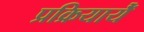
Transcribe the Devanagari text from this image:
प्रक्रियायेँ